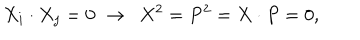
LaTeX: X _ { i } \cdot X _ { j } = 0 \, \, \rightarrow \, \, \, X ^ { 2 } = P ^ { 2 } = X \cdot P = 0 ,